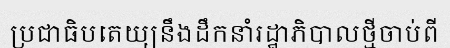
ប្រជាធិបតេយ្យនឹងដឹកនាំរដ្ឋាភិបាលថ្មីចាប់ពី